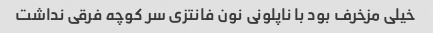
خیلی مزخرف بود با ناپلونی نون فانتزی سر کوچه فرقی نداشت